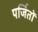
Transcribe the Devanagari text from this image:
पर्जितों